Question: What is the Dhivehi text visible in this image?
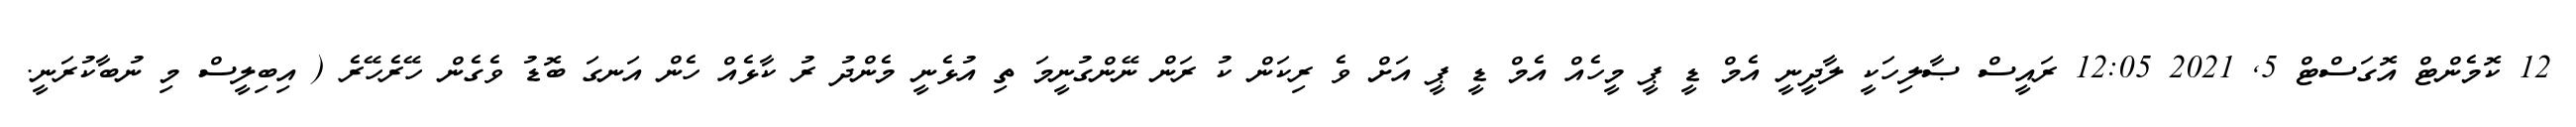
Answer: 12 ކޮމެންޓް އޮގަސްޓް 5, 2021 12:05 ރައީސް ޞާލިހަކީ ލާދީނީ އެމް ޑީ ޕީ މީހެއް އެމް ޑީ ޕީ އަށް ވެ ރިކަން ކު ރަން ނޭންގުނީމަ ތި އުޅެނީ މެންދު ރު ކާޅެއް ހެން އަނގަ ބޮޑު ވެގެން ހޭރެހޭރެ ( އިބިލީސް މި ނުބާކުރަނީ.